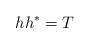
LaTeX: \begin{align*}hh^*=T\end{align*}